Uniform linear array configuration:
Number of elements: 48
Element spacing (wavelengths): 0.75
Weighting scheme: exponential
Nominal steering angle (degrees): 30
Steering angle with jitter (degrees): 31.804
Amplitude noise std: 0.05
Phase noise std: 0.05

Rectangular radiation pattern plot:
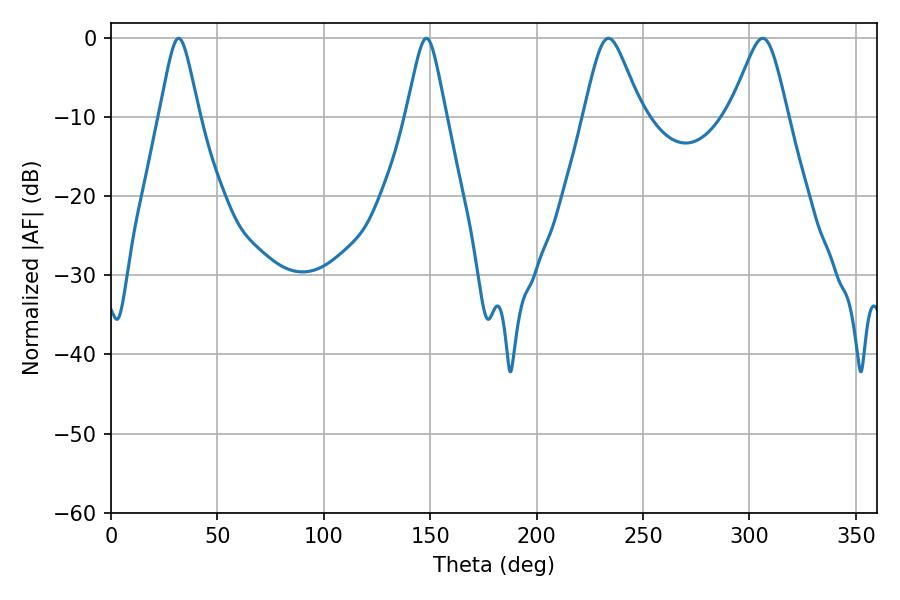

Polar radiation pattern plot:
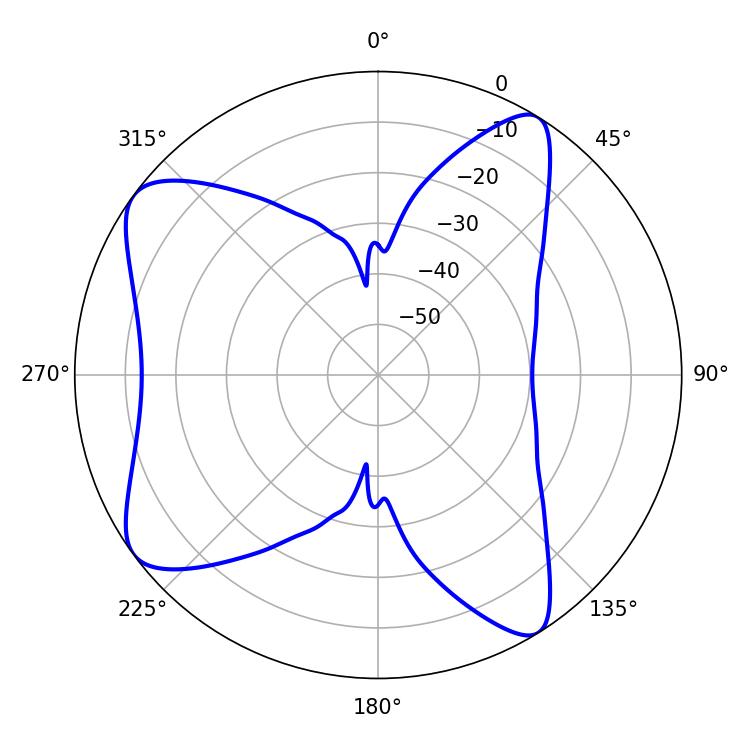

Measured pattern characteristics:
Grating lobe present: TRUE
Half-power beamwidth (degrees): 12.96
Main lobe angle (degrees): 233.82